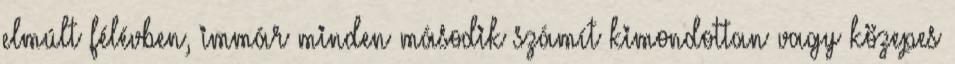
elmúlt félévben, immár minden második számít kimondottan vagy közepes